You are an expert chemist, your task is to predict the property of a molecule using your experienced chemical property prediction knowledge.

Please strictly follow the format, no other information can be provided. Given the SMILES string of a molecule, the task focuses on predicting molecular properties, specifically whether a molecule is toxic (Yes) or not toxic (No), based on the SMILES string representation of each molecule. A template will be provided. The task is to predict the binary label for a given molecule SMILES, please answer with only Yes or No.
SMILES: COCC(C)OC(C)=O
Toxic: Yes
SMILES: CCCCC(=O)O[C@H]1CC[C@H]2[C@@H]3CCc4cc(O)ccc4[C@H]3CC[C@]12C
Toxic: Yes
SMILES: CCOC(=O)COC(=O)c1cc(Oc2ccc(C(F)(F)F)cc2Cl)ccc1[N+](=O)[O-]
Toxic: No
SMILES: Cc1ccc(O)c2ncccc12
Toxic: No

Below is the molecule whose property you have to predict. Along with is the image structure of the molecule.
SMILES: CCOP(=O)(OCC)OP(=O)(OCC)OCC
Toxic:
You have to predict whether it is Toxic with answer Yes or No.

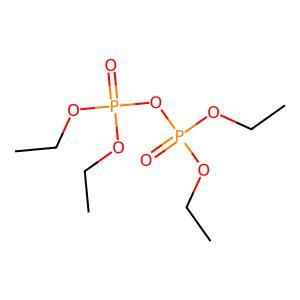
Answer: No